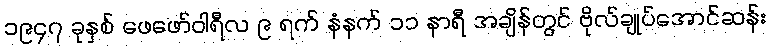
၁၉၄၇ ခုနှစ် ဖေဖော်ဝါရီလ ၉ ရက် နံနက် ၁၁ နာရီ အချိန်တွင် ဗိုလ်ချုပ်အောင်ဆန်း